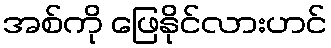
အစ်ကို ဖြေနိုင်လားဟင်